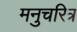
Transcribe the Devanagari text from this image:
मनुचरित्र